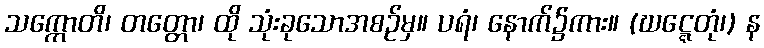
သက္ကောတိ၊ တတ္တော၊ ထို သုံးခုသောအစဉ်မှ။ ပရံ၊ နောက်၌ကား။ (ဃဋ္ဋေတုံ၊) န